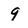
Character: 9